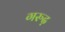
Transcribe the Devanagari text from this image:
गरुढ़